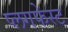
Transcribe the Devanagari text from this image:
प्लगफेस्ट